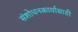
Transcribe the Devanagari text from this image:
संशोधनकार्यासाठी